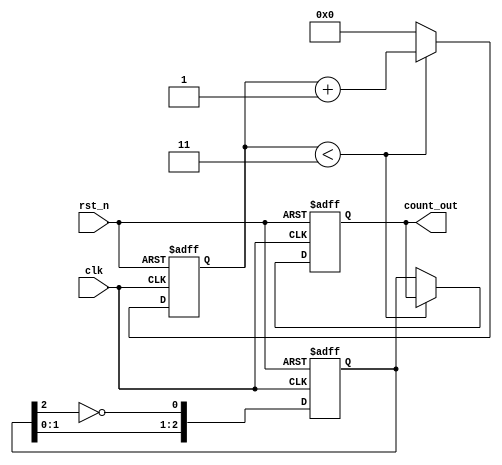
module divide_by_n_johnson_counter #(
    parameter M = 3,  // Number of flip-flops
    parameter N = 4   // Divide factor
)(
    input wire clk,   // Clock signal
    input wire rst_n, // Active-low reset
    output reg [M-1:0] count_out // Output of the counter
);

    // Internal signal for tracking the current Johnson state
    reg [M-1:0] state;
    reg [3:0] count; // Counter to track the division count
    
    always @(posedge clk or negedge rst_n) begin
        if (!rst_n) begin
            // Reset the state and count
            state <= 0; 
            count <= 0; 
            count_out <= 0;
        end else begin
            // Update state for Johnson counter
            state <= {state[M-2:0], ~state[M-1]};
            
            // Update output count
            if (count < N - 1) begin
                count <= count + 1;
            end else begin
                count <= 0;
                count_out <= state; // Output the current state of the counter
            end
        end
    end
endmodule